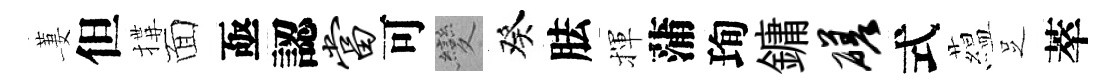
萋但搆面亟認当可變癸胠揮蒲珣鏞磋式藴𠯁萃